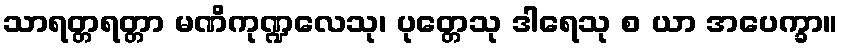
သာရတ္တရတ္တာ မဏိကုဏ္ဍလေသု၊ ပုတ္တေသု ဒါရေသု စ ယာ အပေက္ခာ။